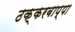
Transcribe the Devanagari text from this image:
ठक्करबाप्पा